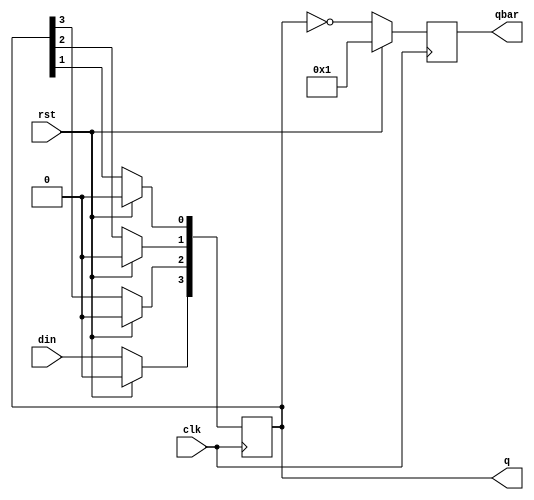
`timescale 1ns / 1ps
//////////////////////////////////////////////////////////////////////////////////
// Company: 
// Engineer: 
// 
// Design Name: 
// Module Name:    sipo_bh 
// Project Name: 
// Target Devices: 
// Tool versions: 
// Description: 
//
// Dependencies: 
//
// Revision: 
// Revision 0.01 - File Created
// Additional Comments: 
//
//////////////////////////////////////////////////////////////////////////////////
module sipo_bh(
    input din,clk,rst,
    output reg [0:3] q,qbar
    );

always@(posedge clk)
begin
if(rst==1) begin
q<= 1'b0;qbar<= 1'b1; end

else begin
q[0]<= din;
q[1]<= q[0];
q[2]<= q[1];
q[3]<= q[2];
qbar<= ~q;
end
end

endmodule